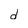
Character: d